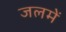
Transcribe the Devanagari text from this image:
जलमें